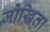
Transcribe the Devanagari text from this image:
जोखिता